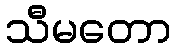
သီမတော